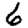
Digit: 6